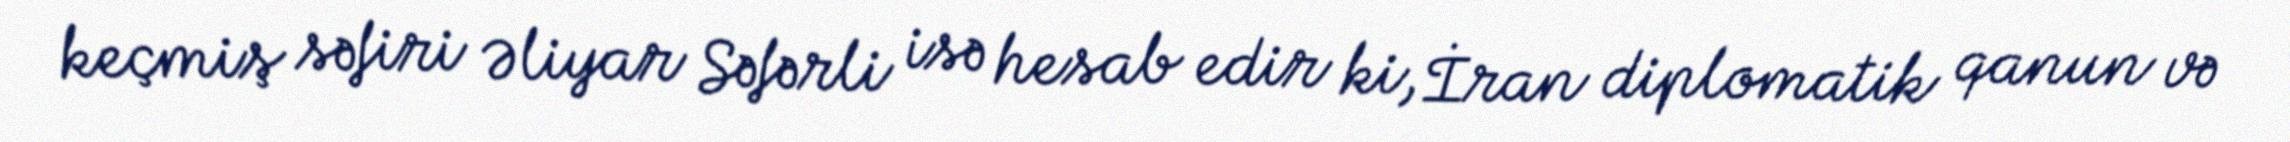
keçmiş səfiri Əliyar Səfərli isə hesab edir ki, İran diplomatik qanun və